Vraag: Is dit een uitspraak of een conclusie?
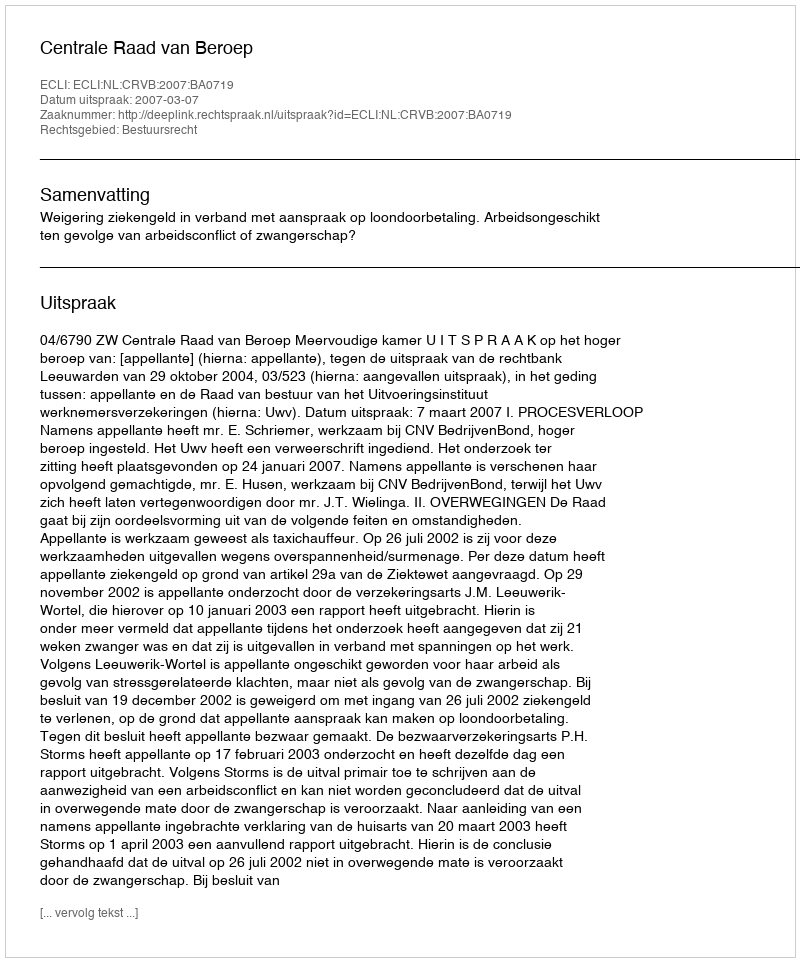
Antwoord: Uitspraak